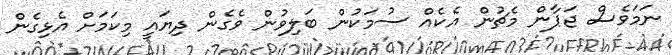
ނަމަވެސް ޖަޕާން މެޗުން އެކެއް ސުމަކުން ބަލިވުން ވެގެން ދިޔައީ މިކަމަށް އެޅިގެން